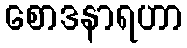
စောဒနာရဟာ